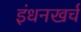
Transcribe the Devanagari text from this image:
इंधनखर्च